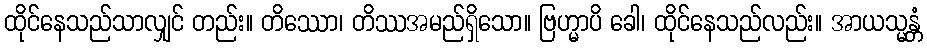
ထိုင်နေသည်သာလျှင် တည်း။ တိဿော၊ တိဿအမည်ရှိသော။ ဗြဟ္မာပိ ခေါ၊ ထိုင်နေသည်လည်း။ အာယသ္မန္တံ